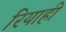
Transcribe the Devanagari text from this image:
रियाही